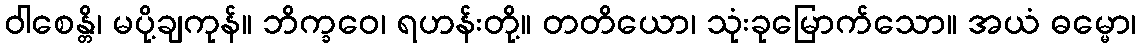
ဝါစေန္တိ၊ မပို့ချကုန်။ ဘိက္ခဝေ၊ ရဟန်းတို့။ တတိယော၊ သုံးခုမြောက်သော။ အယံ ဓမ္မော၊